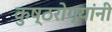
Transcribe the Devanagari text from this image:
कुष्ठरोग्यांनी